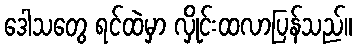
ဒေါသတွေ ရင်ထဲမှာ လှိုင်းထလာပြန်သည်။